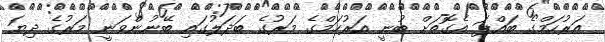
އަރުހަމްގެ ބައްޕަ އެގޮތަށް ބުނީ އަރުހަމްގެ މަރުގެ ބަދަލުގައި ބޭނުންވަނީ މަރުގެ ދިޔަ